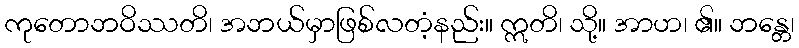
ကုတောဘဝိဿတိ၊ အဘယ်မှာဖြစ်လတံ့နည်း။ ဣတိ၊ သို့။ အာဟ၊ ၏။ ဘန္တေ၊